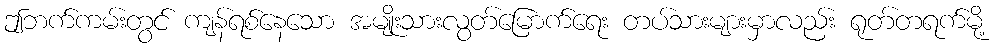
ဤဘက်ကမ်းတွင် ကျန်ရစ်နေသော အမျိုးသားလွတ်မြောက်ရေး တပ်သားများမှာလည်း ရုတ်တရက်မို့